Calcutta medical institutions reports 1871-78
Year: 1871
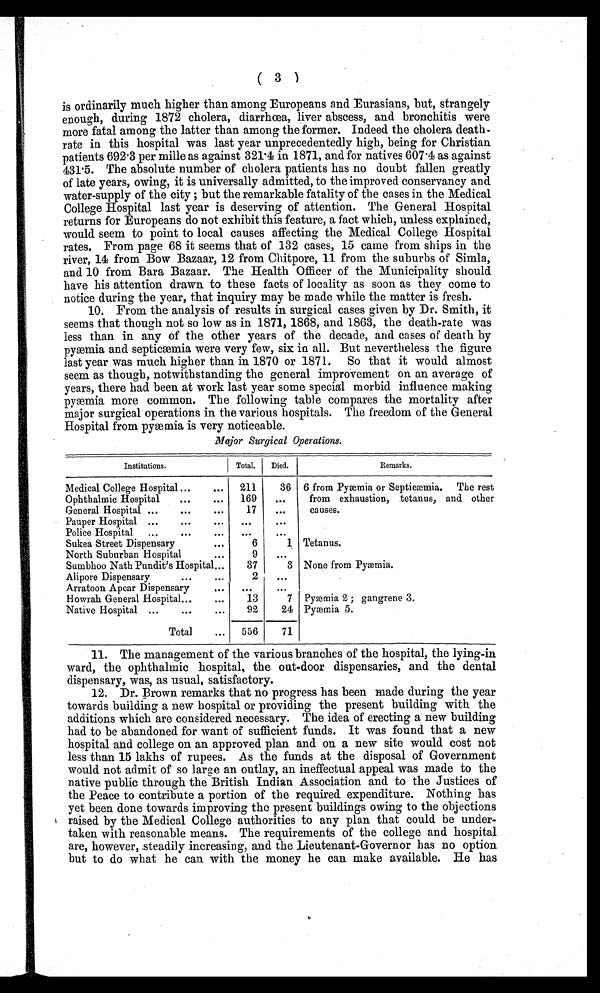
( 3 )
is ordinarily much higher than among Europeans and Eurasians, but, strangely
enough, during 1872 cholera, diarrhœa, liver abscess, and bronchitis were
more fatal among the latter than among the former. Indeed the cholera death-
rate in this hospital was last year unprecedentedly high, being for Christian
patients 692·3 per mille as against 321 4 in 1871, and for natives 607·4 as against
431·5. The absolute number of cholera patients has no doubt fallen greatly
of late years, owing, it is universally admitted, to the improved conservancy and
water-supply of the city; but the remarkable fatality of the cases in the Medical
College Hospital last year is deserving of attention. The General Hospital
returns for Europeans do not exhibit this feature, a fact which, unless explained,
would seem to point to local causes affecting the Medical College Hospital
rates. From page 68 it seems that of 132 cases, 1·5 came from ships in the
river, 14 from Bow Bazaar, 12 from Chitpore, 11 from the suburbs of Simla,
and 10 from Bara Bazaar. The Health Officer of the Municipality should
have his attention drawn to these facts of locality as soon as they come to
notice during the year, that inquiry may be made while the matter is fresh.
10. From the analysis of results in surgical cases given by Dr. Smith, it
seems that though not so low as in 1871, 1868, and 1863, the death-rate was
less than in any of the other years of the decade, and cases of death by
pyæmia and septicæmia were very few, six in all. But nevertheless the figure
last year was much higher than in 1870 or 1871. So that it would almost
seem as though, notwithstanding the general improvement on an average of
years, there had been at work last year some special morbid influence making
pyæmia more common. The following table compares the mortality after
major surgical operations in the various hospitals. The freedom of the General
Hospital from pyæmia is very noticeable.
Major Surgical Operations.
Institutions.
Total.
Died.
Remarks.
Medical College Hospital
211
36 6 from Pyæmia or Septicæmia. The rest
from exhaustion, tetanus, and other
causes.
Ophthalmic Hospital
169
...
General Hospital
17
...
Pauper Hospital
. . .
. . .
Police Hospital
. . . . . . .
. . .
Sukea Street Dispensary
6
1 Tetanus.
North Suburban Hospital
9
...
Sumbhoo Nath Pundit's Hospital
37
3 None from Pyæmia.
Alipore Dispensary
2
...
Arratoon Apear Dispensary
2 . . .
Howrah General Hospital
13
7 Pyæmia 2; gangrene 3.
Native Hospital
92
24 Pyæmia 5.
Total
556
71
11. The management of the various branches of the hospital, the lying-in
ward, the ophthalmic hospital, the out-door dispensaries, and the dental
dispensary, was, as usual, satisfactory.
12. Dr. Brown remarks that no progress has been made during the year
towards building a new hospital or providing the present building with the
additions which are considered necessary. The idea of erecting a new building
had to be abandoned for want of sufficient funds. It was found that a new
hospital and college on an approved plan and on a new site would cost not
less than 15 lakhs of rupees. As the funds at the disposal of Government
would not admit of so large an outlay, an ineffectual appeal was made to the
native public through the British Indian Association and to the Justices of
the Peace to contribute a portion of the required expenditure. Nothing has
yet been done towards improving the present buildings owing to the objections
raised by the Medical College authorities to any plan that could be under
-
taken with reasonable means. The requirements of the college and hospital
are, however, steadily increasing, and the Lieutenant-Governor has no option
but to do what he can with the money he can make available. He has